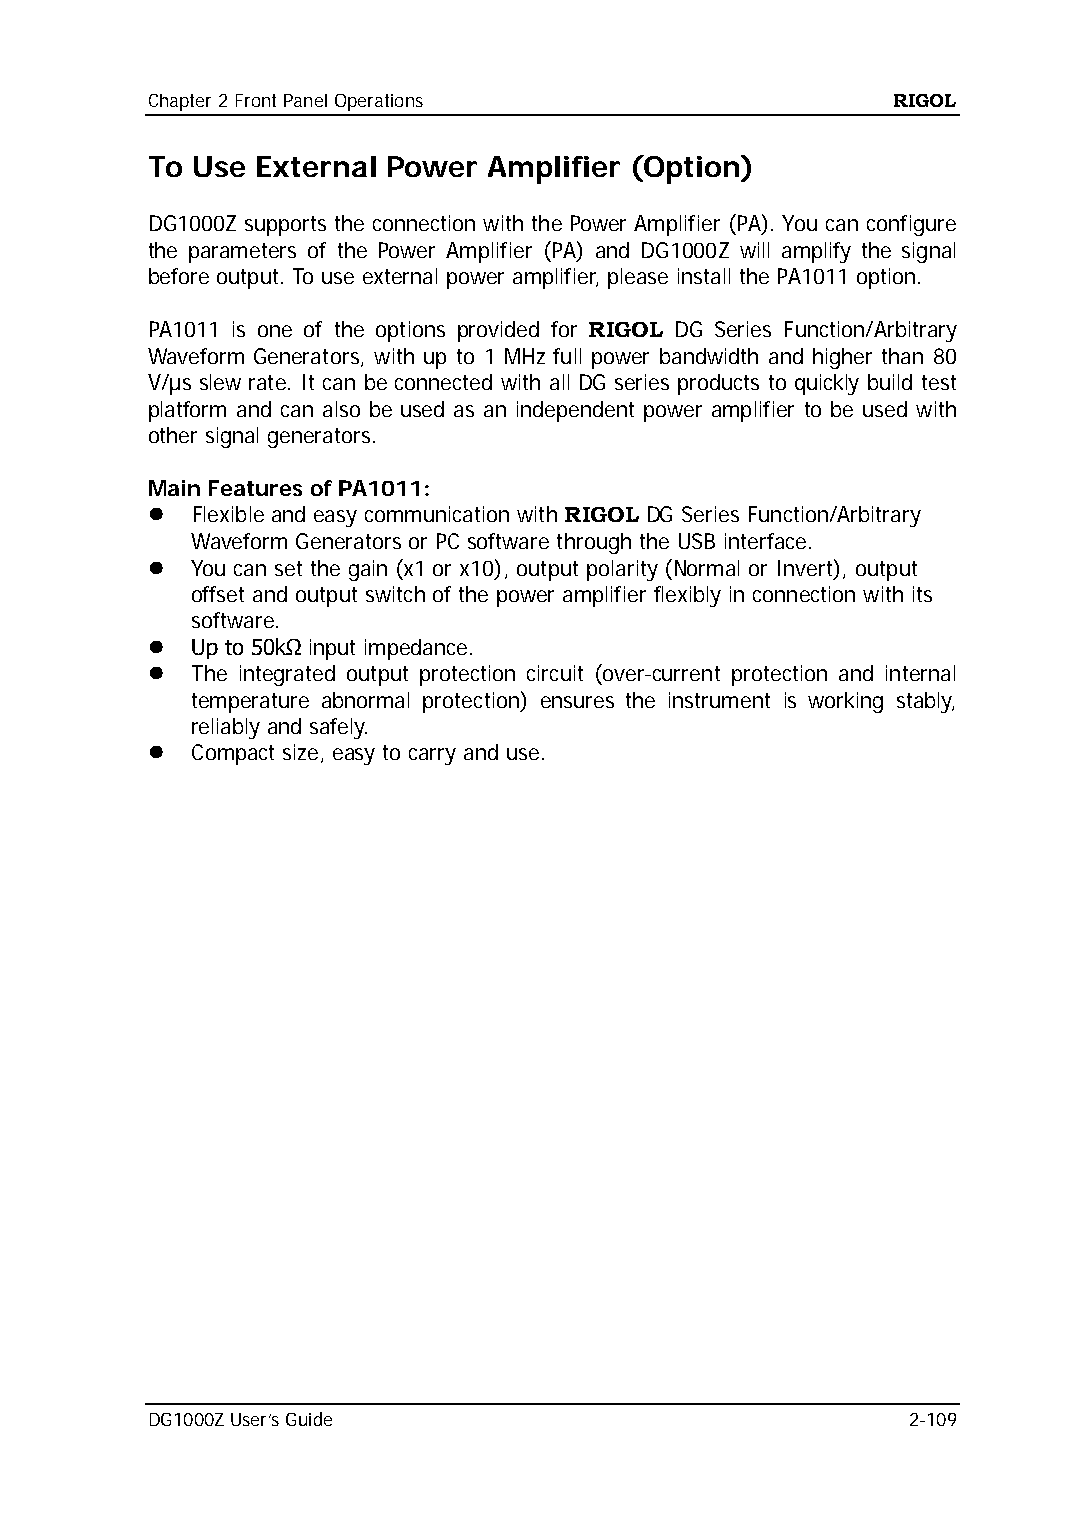
Chapter 2 Front Panel Operations                 RIGOL
 To Use External Power Amplifier (Option)
 DG1000Z supports the connection with the Power Amplifier (PA). You can configure
 the parameters of the Power Amplifier (PA) and DG1000Z will amplify the signal
 before output. To use external power amplifier, please install the PA1011 option.
 PA1011 is one of the options provided for RIGOL DG Series Function/Arbitrary
 Waveform Generators, with up to 1 MHz full power bandwidth and higher than 80
 V/µs slew rate. It can be connected with all DG series products to quickly build test
 platform and can also be used as an independent power amplifier to be used with
 other signal generators.
 Main Features of PA1011:
   Flexible and easy communication with RIGOL DG Series Function/Arbitrary
 Waveform Generators or PC software through the USB interface.
   You can set the gain (x1 or x10), output polarity (Normal or Invert), output
 offset and output switch of the power amplifier flexibly in connection with its
 software.
   Up to 50kΩ input impedance.
   The integrated output protection circuit (over-current protection and internal
 temperature abnormal protection) ensures the instrument is working stably,
 reliably and safely.
   Compact size, easy to carry and use.
 DG1000Z User’s Guide                              2-109